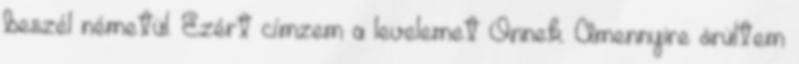
beszél németül. Ezért címzem a levelemet Önnek. Amennyire örültem